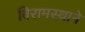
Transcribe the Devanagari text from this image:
विरामस्थाने